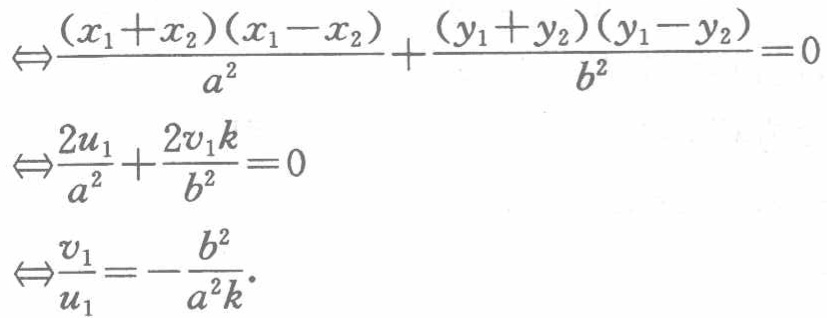
\[\begin{align*}
&\Leftrightarrow\frac{(x_1 + x_2)(x_1 - x_2)}{a^2}+\frac{(y_1 + y_2)(y_1 - y_2)}{b^2}=0\\
&\Leftrightarrow\frac{2u_1}{a^2}+\frac{2v_1k}{b^2}=0\\
&\Leftrightarrow\frac{v_1}{u_1}=-\frac{b^2}{a^2k}.
\end{align*}\]